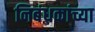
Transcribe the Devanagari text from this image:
निबंधकांच्या